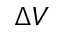
\Delta V